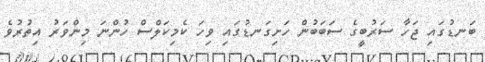
ބަނޑުގައި ޖަހާ ސަރުބީގެ ސަބަބުން ހަށިގަނޑުގައި ވިހަ ކެމިކަލްސް ހުންނަ މިންވަރު އިތުރުވެ